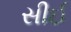
સીઈ